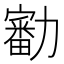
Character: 㔤